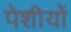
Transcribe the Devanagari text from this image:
पेशीयों